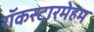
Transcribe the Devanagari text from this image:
रॉकस्टारमेहम